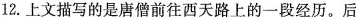
12.上文描写的是唐僧前往西天路上的一段经历。后